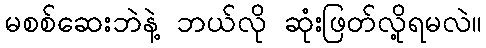
မစစ်ဆေးဘဲနဲ့ ဘယ်လို ဆုံးဖြတ်လို့ရမလဲ။